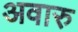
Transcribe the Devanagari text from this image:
अवारु